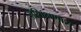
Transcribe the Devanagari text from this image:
अशिक्षणास